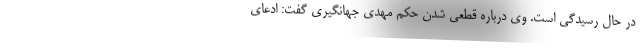
در حال رسیدگی است. وی درباره قطعی شدن حکم مهدی جهانگیری گفت: ادعای